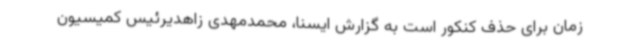
زمان برای حذف کنکور است به گزارش ایسنا، محمدمهدی زاهدیرئیس کمیسیون